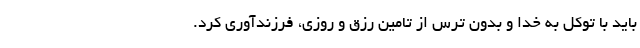
باید با توکل به خدا و بدون ترس از تامین رزق و روزی، فرزندآوری کرد.